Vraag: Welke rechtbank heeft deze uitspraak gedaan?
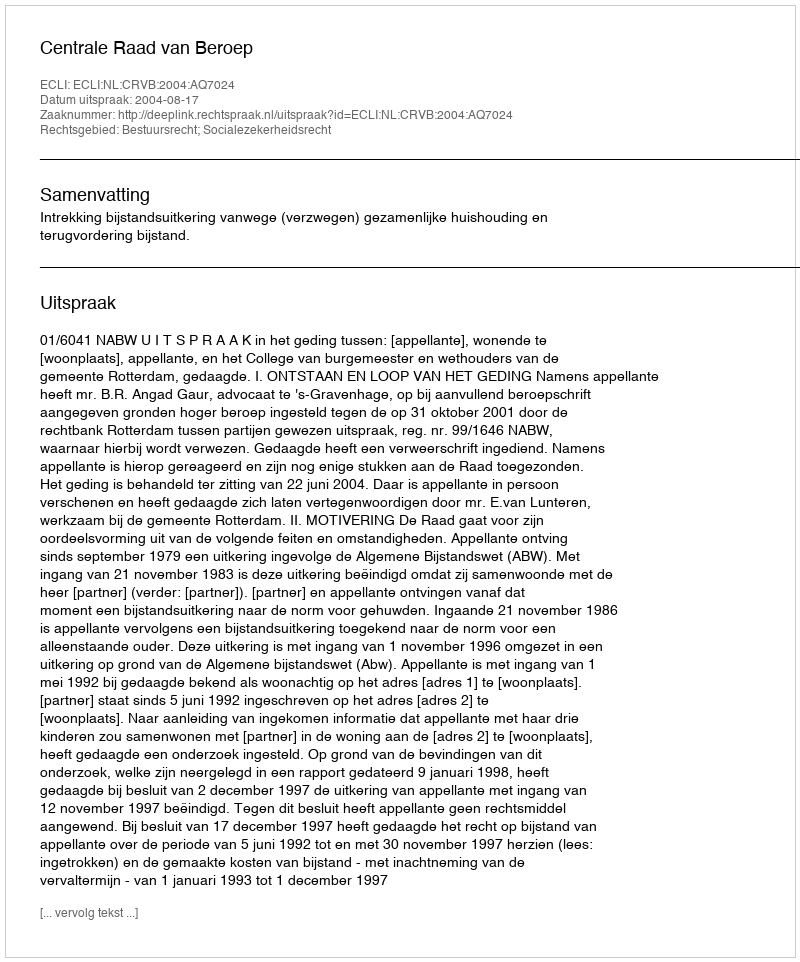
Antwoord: Centrale Raad van Beroep